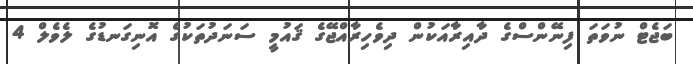
ބަޖެޓް ނުވަތަ ފިނޭންސްގެ ދާއިރާއަކުން ދިވެހިރާއްޖޭގެ ޤައުމީ ސަނަދުތަކުގެ އޮނިގަނޑުގެ ލެވެލް 4